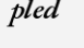
pled